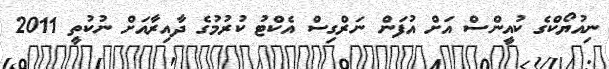
ނިއުޔޯކްގެ ކުއީންސް އަށް އުފަން ނަރްގިސް އެކްޓު ކުރުމުގެ ދާއިރާއަށް ނުކުތީ 2011